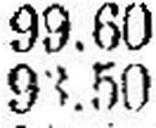
93.50